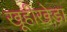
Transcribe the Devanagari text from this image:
खूहीखेड़ा